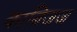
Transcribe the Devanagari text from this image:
काबिजज